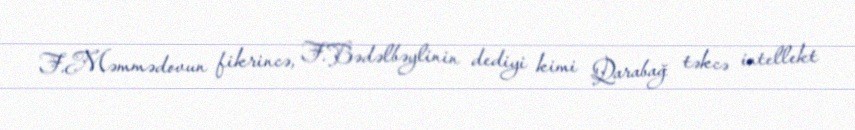
F.Məmmədovun fikrincə, F.Bədəlbəylinin dediyi kimi Qarabağ təkcə intellekt